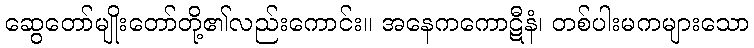
ဆွေတော်မျိုးတော်တို့၏လည်းကောင်း။ အနေကကောဋီနံ၊ တစ်ပါးမကများသော